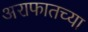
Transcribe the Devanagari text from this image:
अराफातच्या